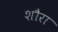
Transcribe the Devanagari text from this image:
शौरा